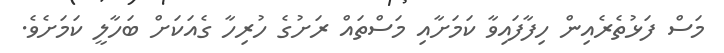
މަސް ފަޅުތެރެއިން ހިފާފައިވާ ކަމަށާއި މަސްތައް ރަށުގެ ހުރިހާ ގެއަކަށް ބަހާލީ ކަމަށެވެ.